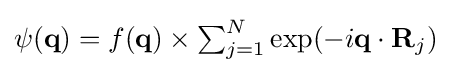
\textstyle \psi (\mathbf {q} )=f(\mathbf {q} )\times \sum _{j=1}^{N}\exp(-i\mathbf {q} \cdot \mathbf {R} _{j})